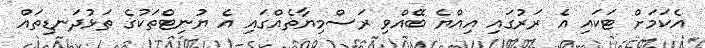
އެކަމަށް ޓަކައި އެ ރަރުގައި އިއްޔެ ބޭއްވި ރަސްމިޔާތެއްގައި އެ ޔުނިޓްތަކުގެ ތަޅުދަނޑިތައް